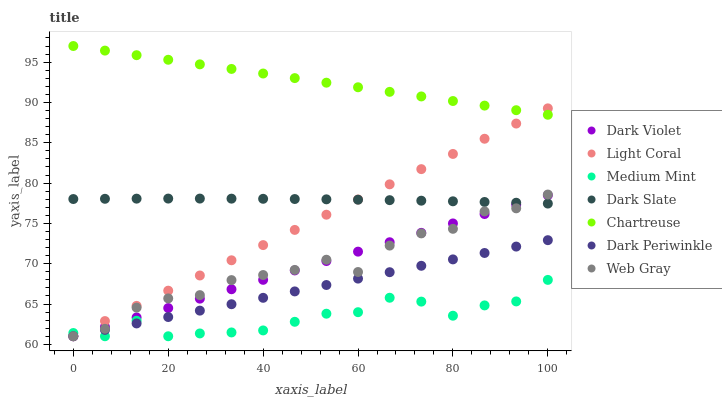
| xaxis_label | Dark Violet | Light Coral | Medium Mint | Dark Slate | Chartreuse | Dark Periwinkle | Web Gray |
 | --- | --- | --- | --- | --- | --- | --- | --- |
 | 0 | 61 | 61 | 61.4 | 78 | 97 | 61 | 61 |
 | 6.67 | 62.2 | 62.9 | 61 | 78 | 96.4 | 61.8 | 61.9 |
 | 13.3 | 63.3 | 64.8 | 62.9 | 78.1 | 95.9 | 62.6 | 64.6 |
 | 20 | 64.5 | 66.7 | 61 | 78.1 | 95.3 | 63.4 | 65.7 |
 | 26.7 | 65.7 | 68.5 | 61.3 | 78.1 | 94.7 | 64.2 | 66.1 |
 | 33.3 | 66.8 | 70.4 | 61.5 | 78.1 | 94.2 | 65 | 68 |
 | 40 | 68 | 72.3 | 61.7 | 78 | 93.6 | 65.8 | 68.6 |
 | 46.7 | 69.2 | 74.2 | 62.8 | 78 | 93 | 66.6 | 69.2 |
 | 53.3 | 70.3 | 76.1 | 63.8 | 78 | 92.5 | 67.4 | 70.5 |
 | 60 | 71.5 | 78 | 64 | 77.9 | 91.9 | 68.2 | 69 |
 | 66.7 | 72.7 | 79.8 | 65.8 | 77.9 | 91.3 | 68.9 | 72.2 |
 | 73.3 | 73.8 | 81.7 | 65.3 | 77.8 | 90.7 | 69.7 | 73.8 |
 | 80 | 75 | 83.6 | 63.5 | 77.7 | 90.2 | 70.5 | 74.3 |
 | 86.7 | 76.2 | 85.5 | 64.8 | 77.7 | 89.6 | 71.3 | 76.5 |
 | 93.3 | 77.3 | 87.4 | 65.3 | 77.6 | 89 | 72.1 | 76.9 |
 | 100 | 78.5 | 89.3 | 68 | 77.5 | 88.5 | 72.9 | 78.6 |